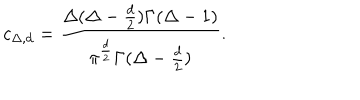
LaTeX: c _ { \Delta , d } = { \frac { \Delta ( \Delta - { \frac { d } { 2 } } ) \Gamma ( \Delta - 1 ) } { \pi ^ { \frac { d } { 2 } } \Gamma ( \Delta - { \frac { d } { 2 } } ) } } .